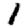
Digit: 1